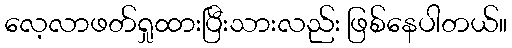
လေ့လာဖတ်ရှုထားပြီးသားလည်း ဖြစ်နေပါတယ်။